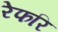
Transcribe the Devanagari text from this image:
रेफरि